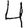
Digit: 4